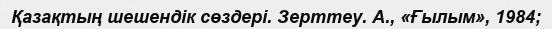
Қазақтың шешендік сөздері. Зерттеу. А., «Ғылым», 1984;